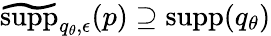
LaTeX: \widetilde{\mathrm{supp}}_{q_{\theta},\epsilon}(p)\supseteq\mathrm{supp}(q_{\theta})